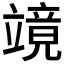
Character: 𮄹